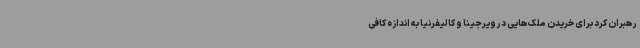
رهبران کرد برای خریدن ملک‌هایی در ویرجینا و کالیفرنیا به اندازه کافی